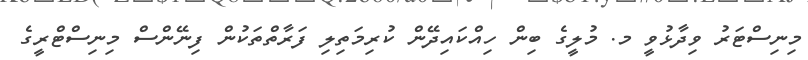
މިނިސްޓަރު ވިދާޅުވީ މ. މުލީގެ ބިން ހިއްކައިދޭން ކުރިމަތިލި ފަރާތްތަކުން ފިނޭންސް މިނިސްޓްރީގެ